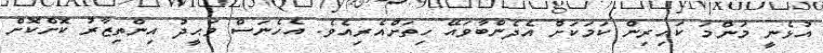
އުޅެނީ މަންމަ ކައިރިން ކަމަކަށް އެދެންބާވައޭ ހިތަށްއެރިއެވެ. އެހެނަސް ވަޙީދު އިންތިޒާރު ކޮށްކޮށް